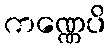
ကဏ္ဏေပိ